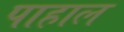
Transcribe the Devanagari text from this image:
पाहाल